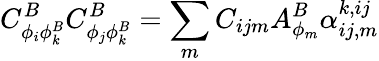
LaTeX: C_{\phi_{i}\phi_{k}^{B}}^{B}C_{\phi_{j}\phi_{k}^{B}}^{B}=\sum_{m}C_{ijm}A_{\phi_{m}}^{B}\alpha_{ij,m}^{k,ij}